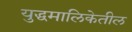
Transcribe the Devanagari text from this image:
युद्धमालिकेतील